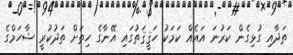
ތަދާއި ގުޅިގެން ކަރުނަ އައެއް ކަމަކު ހަޤީޤަތުގައި އޭނާގެ ހިތަށް ތަދުކުރީ ޝާހަމްގެ